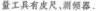
量工具有皮尺、测倾器.